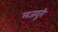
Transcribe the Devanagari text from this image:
लजदूरी